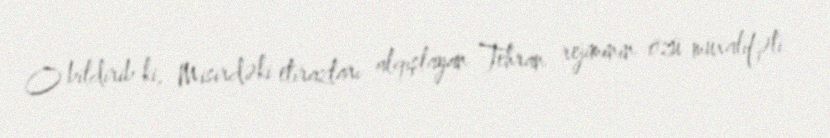
O bildirib ki, Misirdəki etirazları alqışlayan Tehran rejiminin özü müxalifəti